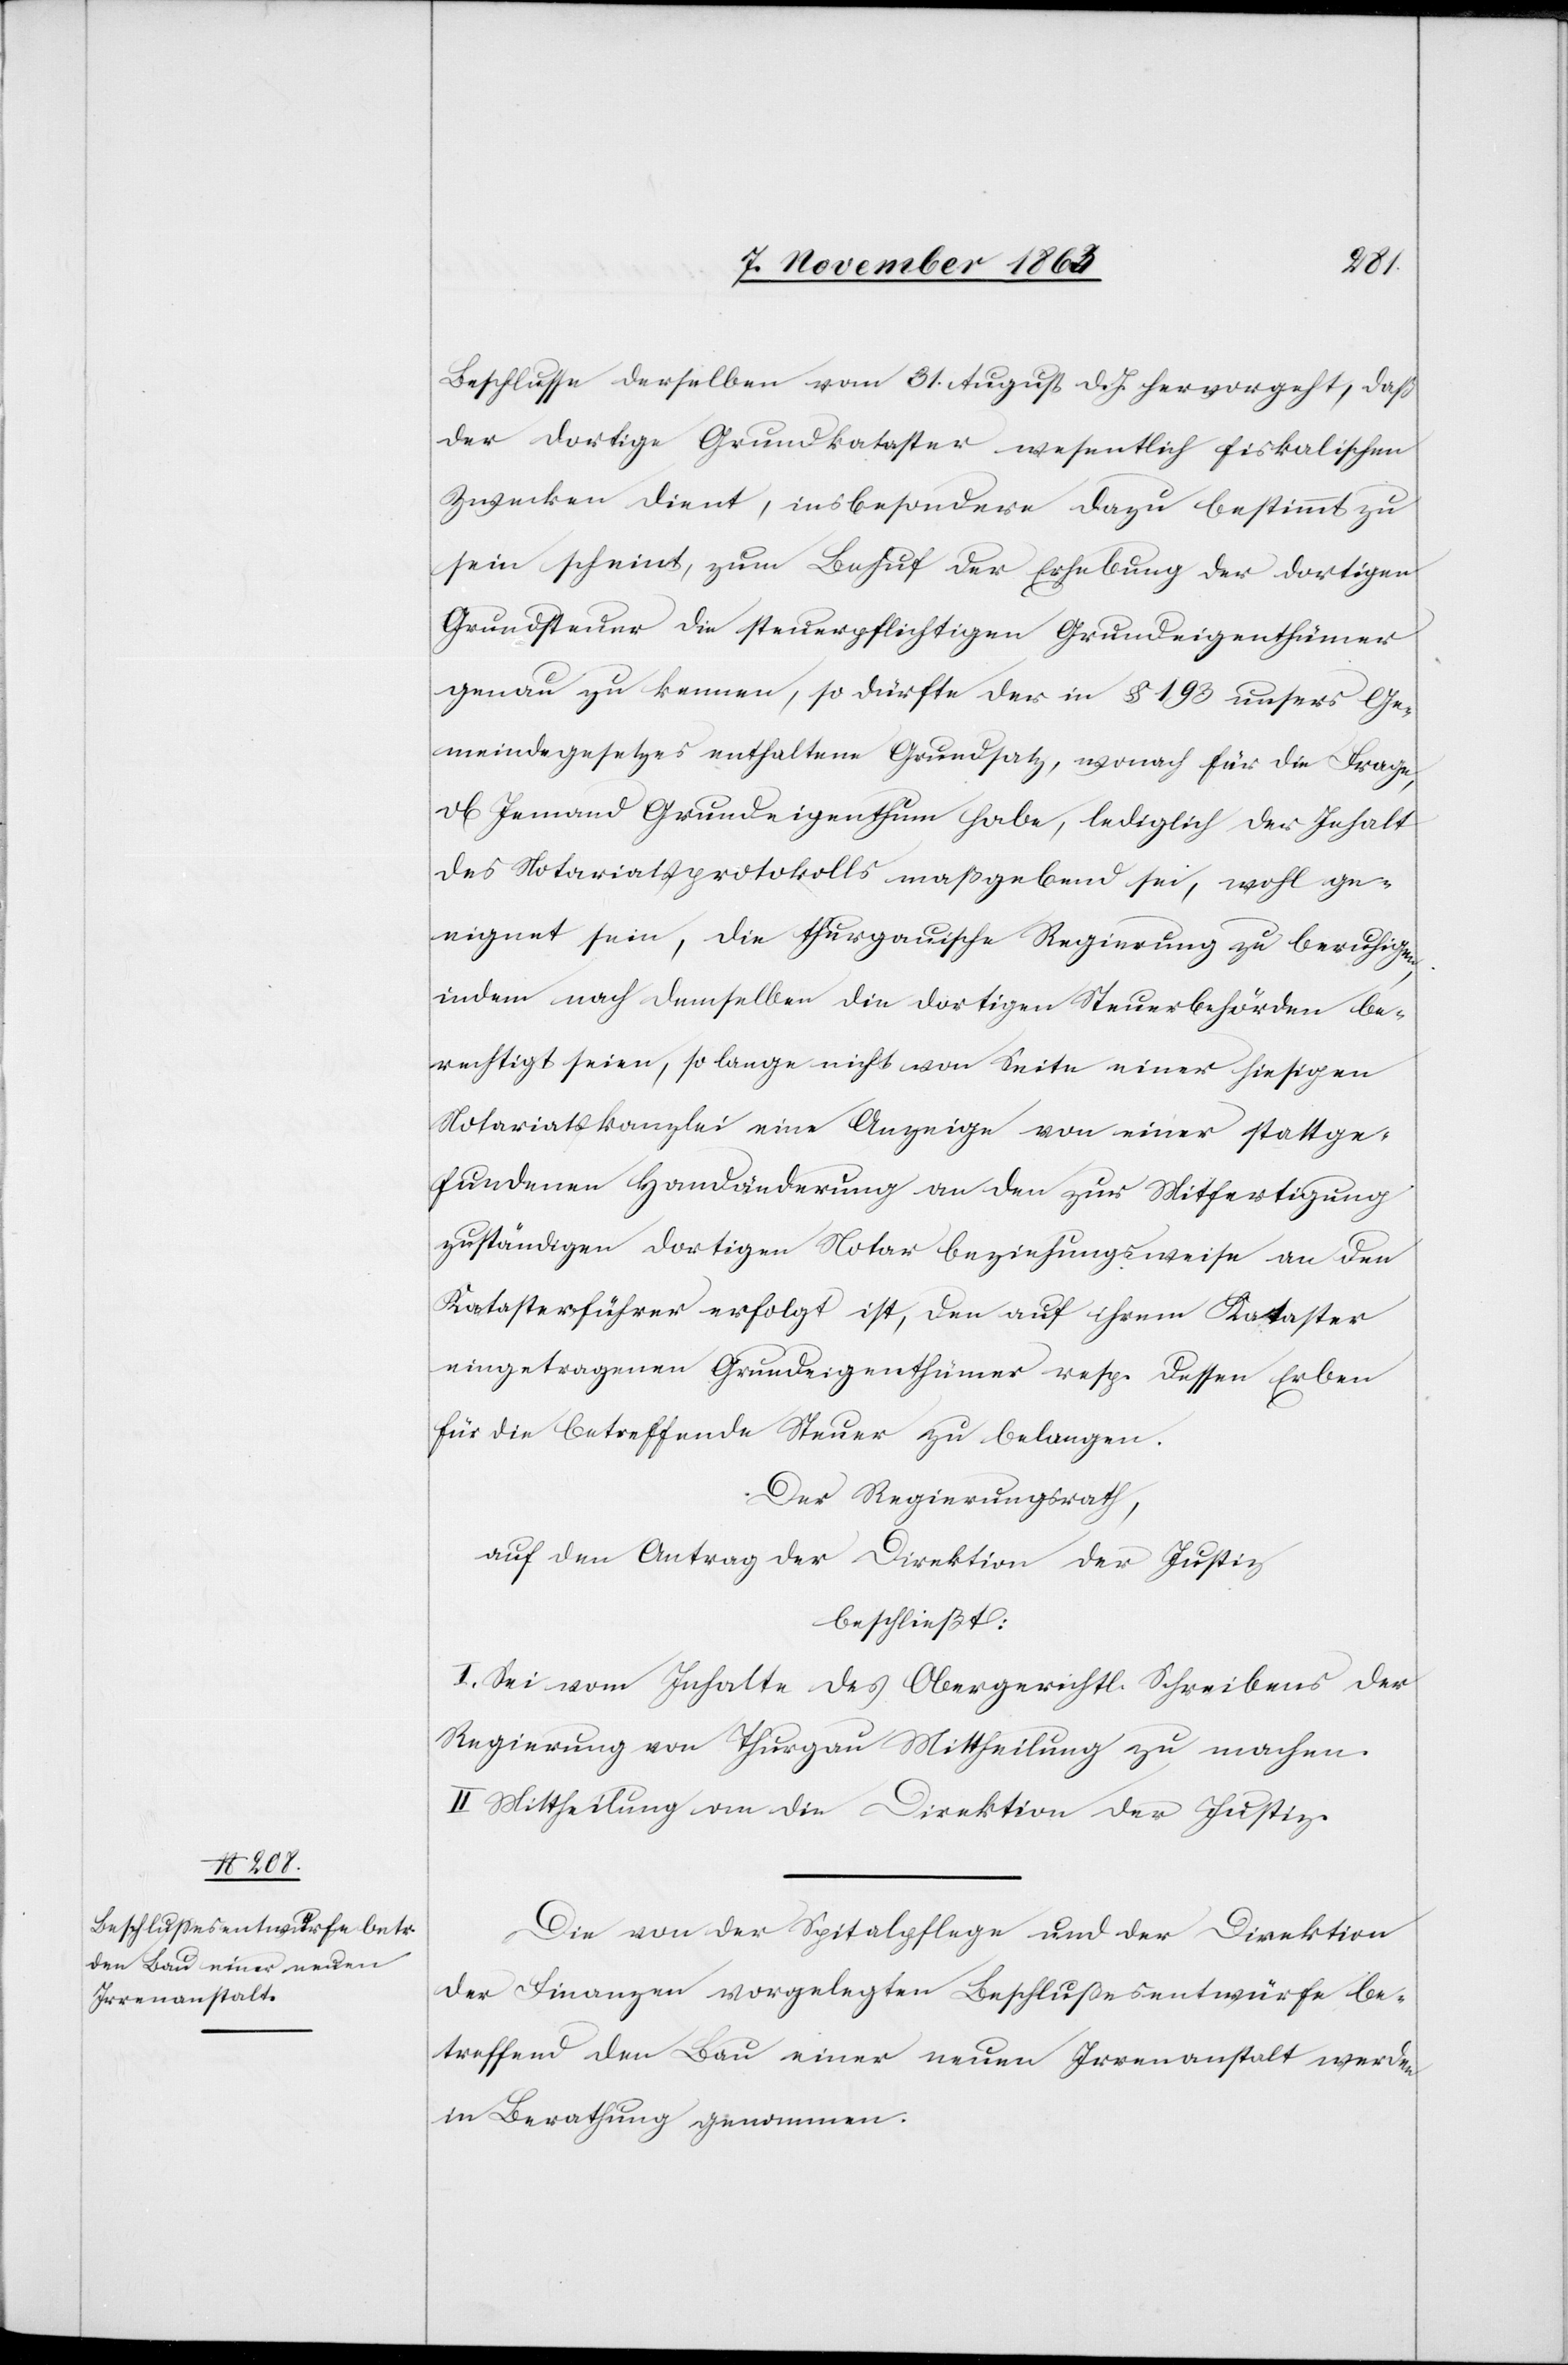
Beschlusse derselben vom 31. August d. J. hervorgeht, daß
der dortige Grundkataster wesentlich fiskalischen
Zwecken dient, insbesondere dazu bestimmt zu
sein scheint, zum Behuf der Erhebung der dortigen
Grundsteuer die steuerpflichtigen Grundeigenthümer
genau zu kennen, so dürfte der in § 193 unsers Ge¬
meindegesetzes enthaltene Grundsatz, wonach für die Frage,
ob Jemand Grundeigenthum habe, lediglich der Inhalt
des Notariatsprotokolls maßgebend sei, wohl ge¬
eignet sein, die thurgauische Regierung zu beruhigen,
indem nach demselben die dortigen Steuerbehörden be¬
rechtigt seien, so lange nicht von Seite einer hiesigen
Notariatskanzlei eine Anzeige von einer stattge¬
fundenen Handänderung an den zur Mitfertigung
zuständigen dortigen Notar beziehungsweise an den
Katasterführer erfolgt ist, den auf ihrem Kataster
eingetragenen Grundeigenthümer resp. dessen Erben
für die betreffende Steuer zu belangen.
Der Regierungsrath,
auf den Antrag der Direktion der Justiz
beschließt:
I. Sei vom Inhalte des Obergerichtl. Schreibens der
Regierung von Thurgau Mittheilung zu machen.
II. Mittheilung an die Direktion der Justiz.
Die von der Spitalpflege und der Direktion
der Finanzen vorgelegten Beschlussesentwürfe be¬
treffend den Bau einer neuen Irrenanstalt werden
in Berathung genommen.